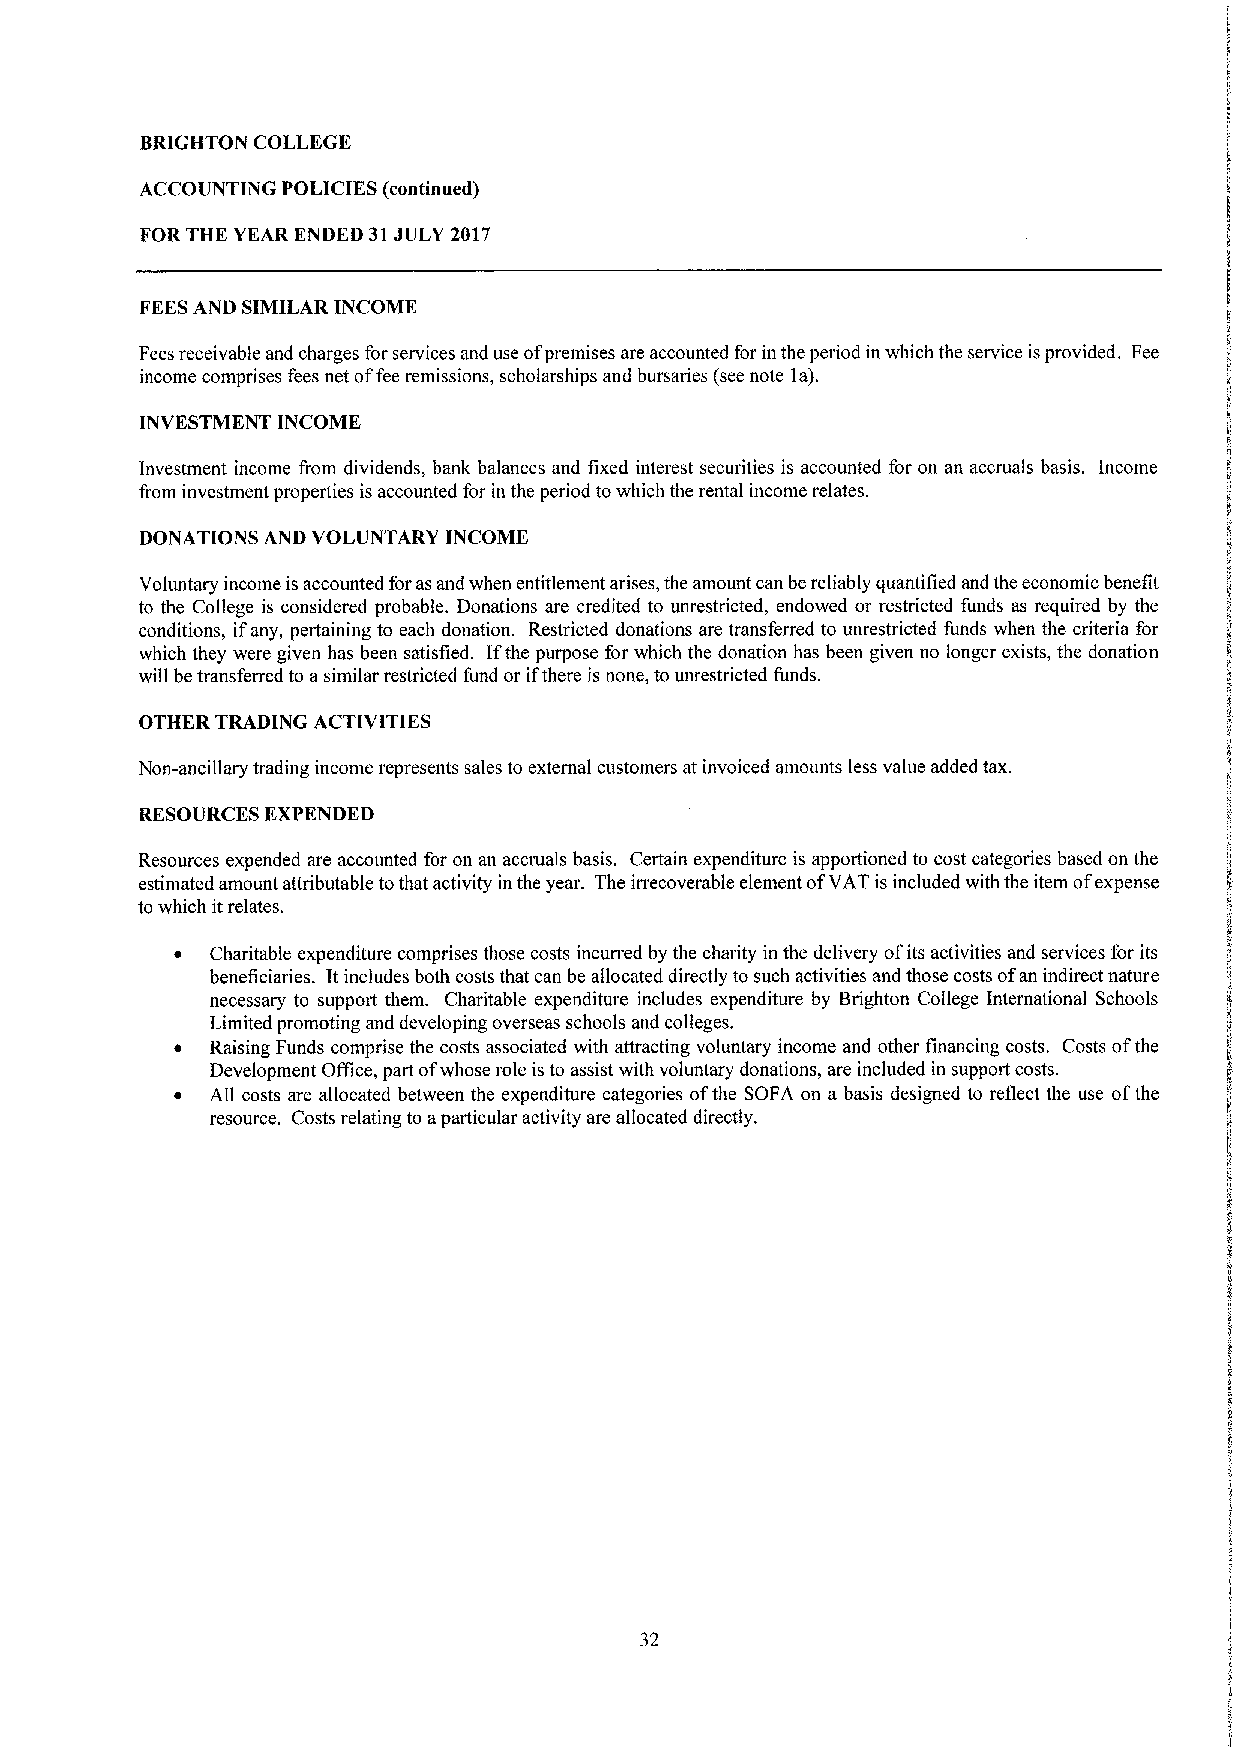
BRIGHTON COLLEGE
 ACCOUNTING POLICIES (continued)
 FORTHE YEAR ENDED 31JULY 2017
 FEESAND SIMILAR INCOME
 Fees receivable and charges for services and use ofpremises are accounted for in the period in which the service isprovided. Fee
 income comprises fees net offee remissions, scholarships and bursaries (see note la).
 INVESTMENT INCOME
 Investment income I'rom dividends, bank balances and fixed interest securities is accounted for on an accruals basis. Income
 fiom investment properties is accounted for in the period towhich the rental income relates.
 DONATIONS AND VOLUNTARY INCOME
 Voluntary income is accounted foras and when entitlement arises, the amount can be reliably quantified and the economic benefit
 to the College is considered probable. Donations are credited to unrestricted, endowed or restricted funds as required by the
 conditions, ifany, pertaining to each donation. Restricted donations are transferred to unrestricted funds when the criteria for
 which they were given has been satisfied. Ifthe purpose for which the donation has been given no longer exists, the donation
 will be transferred to asimilar restricted fund or ifthere is none, to unrestricted funds.
 OTHER TRADING ACTIVITIES
 Non-ancillary trading income represents sales to external customers at invoiced amounts less value added tax.
 RESOURCES EXPENDED
 Resources expended are accounted for on an accruals basis. Certain expenditure is apportioned to cost categories based on the
 estimated amount attributable tothat activity in the year. The irrecoverable element ofVAT is included with the item ofexpense
 to which it relates,
 ~ Charitable expenditure comprises those costs incurred by the charity in the delivery ofits activities and services for its
 beneficiaries. It includes both costs that can be allocated directly to such activities and those costs ofan indirect nature
 necessary to support them. Charitable expenditure includes expenditure by Brighton College International Schools
 Limited promoting and developing overseas schools and colleges.
 ~ Raising Funds comprise the costs associated with attracting voluntary income and other financing costs. Costs ofthe
 Development Office, part ofwhose role is to assist with voluntary donations, are included in support costs.
 ~ All costs are allocated between the expenditure categories ofthe SOFA on a basis designed to reflect the use ofthe
 resource. Costs relating to aparticular activity are allocated directly.
 32